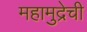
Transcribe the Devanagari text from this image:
महामुद्रेची